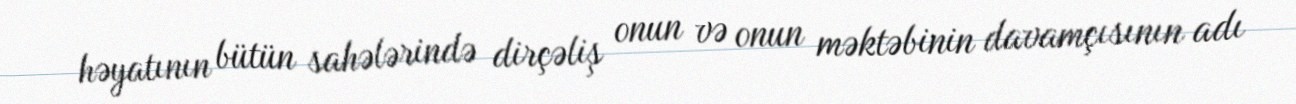
həyatının bütün sahələrində dirçəliş onun və onun məktəbinin davamçısının adı